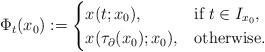
LaTeX: \begin{align*}\Phi_t(x_0) := \begin{cases} x(t;x_0),& \mbox{if}\ t\in I_{x_0},\\x(\tau_\partial(x_0);x_0), & \mbox{otherwise}.\end{cases}\end{align*}